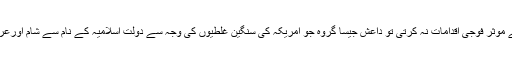
اگر پاکستانی فوج آپریشن ضرب عضب کے ذریعے موثر فوجی اقدامات نہ کرتی تو داعش جیسا گروہ جو امریکہ کی سنگین غلطیوں کی وجہ سے دولت اسلامیہ کے نام سے شام اورعراق کے علاقوں میں اپنی حکومت قائم کر چکا ہے ۔